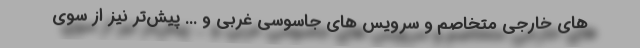
های خارجی متخاصم و سرویس های جاسوسی غربی و ... پیش‌تر نیز از سوی